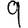
Digit: 9